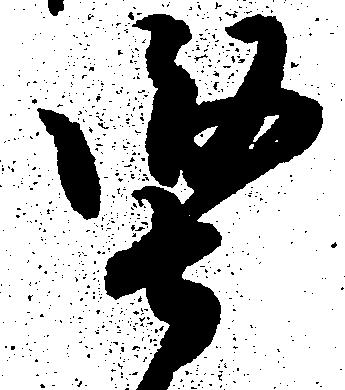
堅